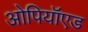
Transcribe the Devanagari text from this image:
ओपियॉएड